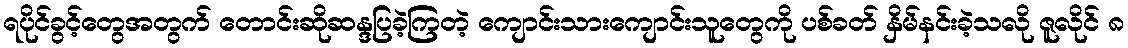
ရပိုင်ခွင့်တွေအတွက် တောင်းဆိုဆန္ဒပြခဲ့ကြတဲ့ ကျောင်းသားကျောင်းသူတွေကို ပစ်ခတ် နှိမ်နင်းခဲ့သလို ဇူလိုင် ၈